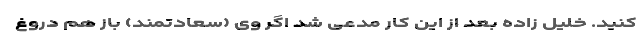
کنید. خلیل زاده بعد از این کار مدعی شد اگر وی (سعادتمند) باز هم دروغ